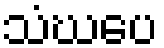
သံဃပေ